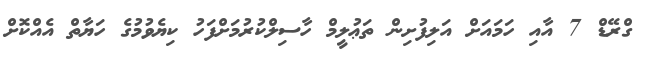
ގްރޭޑް 7 އާއި ހަމައަށް އަލިފުށިން ތަޢުލީމް ހާސިލްކުރުމަށްފަހު ކިޔެވުމުގެ ހަޔާތް އެއްކޮށް